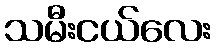
သမီးငယ်လေး